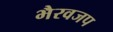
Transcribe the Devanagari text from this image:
भैरवजप